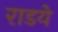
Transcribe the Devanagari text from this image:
राडये